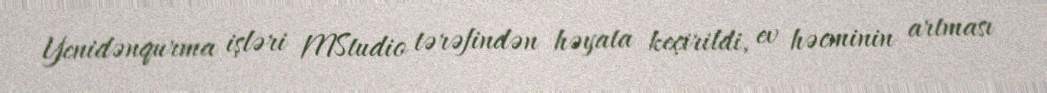
Yenidənqurma işləri MStudio tərəfindən həyata keçirildi, ev həcminin artması